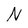
Character: N